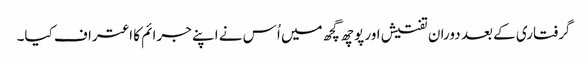
گرفتاری کے بعد دوران تفتیش اور پوچھ گچھ میں اُس نے اپنے جرائم کا اعتراف کیا۔